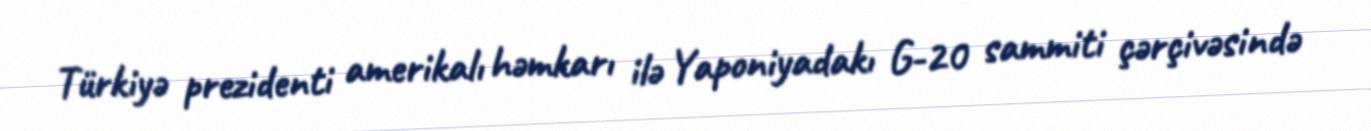
Türkiyə prezidenti amerikalı həmkarı ilə Yaponiyadakı G-20 sammiti çərçivəsində